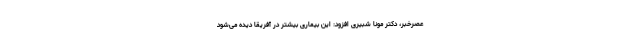
عصرخبر، دکتر مونا شبیری افزود: این بیماری بیشتر در آفریقا دیده می‌شود